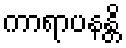
ကာရာပနန္တိ